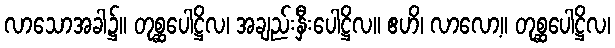
လာသောအခါ၌။ တုစ္ဆပေါဋ္ဌိလ၊ အချည်းနှီးပေါဋ္ဌိလ။ ဧဟိ၊ လာလော့။ တုစ္ဆပေါဋ္ဌိလ၊